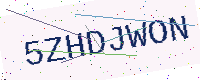
Text: 5ZHDJWON